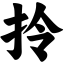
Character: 拎